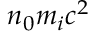
n _ { 0 } m _ { i } c ^ { 2 }